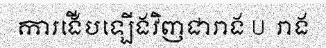
ការងើបឡើងវិញជារាង U  រាង